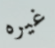
غيره